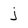
Character: j